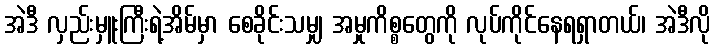
အဲဒီ လှည်းမှူးကြီးရဲ့အိမ်မှာ စေခိုင်းသမျှ အမှုကိစ္စတွေကို လုပ်ကိုင်နေရရှာတယ်၊ အဲဒီလို